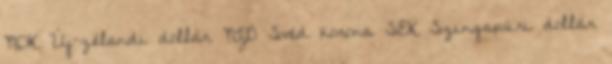
NOK Új-zélandi dollár NZD Svéd korona SEK Szingapúri dollár